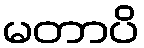
မတာပိ